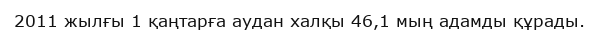
2011 жылғы 1 қаңтарға аудан халқы 46,1 мың адамды құрады.